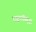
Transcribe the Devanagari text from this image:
राष्ट्रपतीसुद्धा